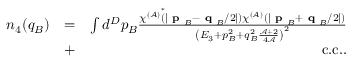
\begin{array} { r l r } { n _ { 4 } ( q _ { B } ) } & { = } & { \int d ^ { D } p _ { B } \frac { \chi ^ { ( A ) } \overset { * } { ( } \lvert \textbf { p } _ { B } - \textbf { q } _ { B } / 2 \rvert ) \chi ^ { ( A ) } ( \lvert \textbf { p } _ { B } + \textbf { q } _ { B } / 2 \rvert ) } { \left( E _ { 3 } + p _ { B } ^ { 2 } + q _ { B } ^ { 2 } \frac { \mathcal { A } + 2 } { 4 \mathcal { A } } \right) ^ { 2 } } } \\ & { + } & { \mathrm { c . c . } . } \end{array}